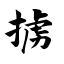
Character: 掳